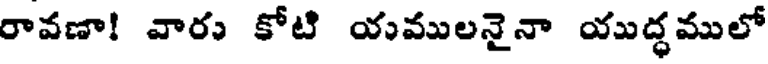
రావణా! వారు కోటి యములనైనా యుద్ధములో